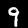
Digit: 9